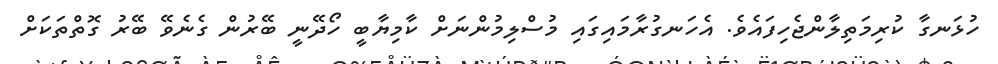
ހުޅަނގާ ކުރިމަތިލާންޖެހިފައެވެ. އެހަނގުރާމައިގައި މުސްލިމުންނަށް ކާމިޔާބީ ހޯދޭނީ ބޭރުން ގެނެވޭ ބޭރު ގޮތްތަކަށް